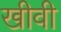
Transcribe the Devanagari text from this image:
खीवी